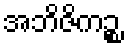
အဘိဇိကဉ္စ